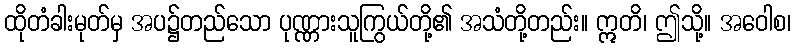
ထိုတံခါးမုတ်မှ အပ၌တည်သော ပုဏ္ဏားသူကြွယ်တို့၏ အသံတို့တည်း။ ဣတိ၊ ဤသို့။ အဝေါစ၊